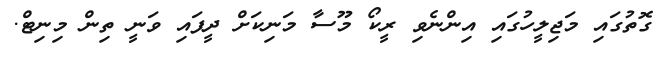
ގޮތުގައި މަޖިލީހުގައި އިންނެވި ރީކޯ މޫސާ މަނިކަށް ދީފައި ވަނީ ތިން މިނިޓް.